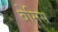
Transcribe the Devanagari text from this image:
बेमिस